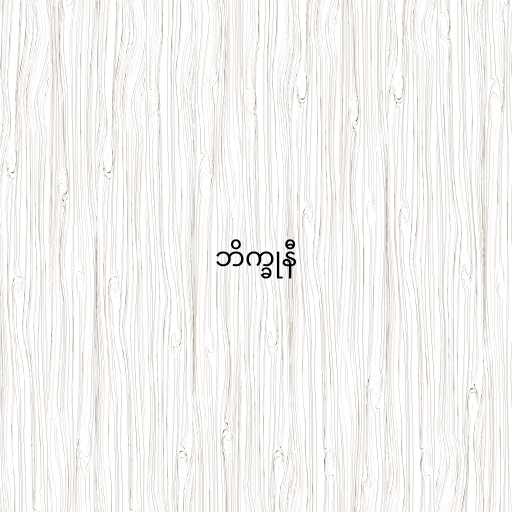
ဘိက္ခုနီ